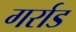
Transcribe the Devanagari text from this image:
गर्राड